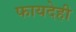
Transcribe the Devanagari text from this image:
फायदेही